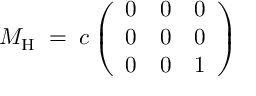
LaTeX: M _ { \mathrm { H } } \; = \; c \left( \begin{array} { l l l } { { 0 } } & { { 0 } } & { { 0 } } \\ { { 0 } } & { { 0 } } & { { 0 } } \\ { { 0 } } & { { 0 } } & { { 1 } } \end{array} \right) \;